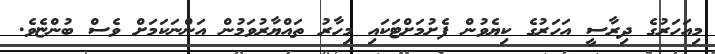
މިއަހަރުގެ ދިރާސީ އަހަރުގެ ކިޔެވުން ފެށުމަށްޓަކައި މިހާރު ތައްޔާރުވަމުން އަންނަކަމަށް ވެސް ބުންޏެވެ.